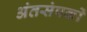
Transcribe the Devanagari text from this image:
अंतसंपर्कों